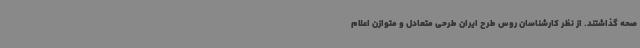
صحه گذاشتند. از نظر کارشناسان روس طرح ایران طرحی متعادل و متوازن اعلام